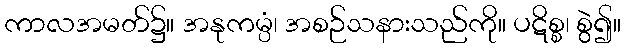
ကာလအမတ်၌။ အနုကမ္ပံ၊ အစဉ်သနားသည်ကို။ ပဋိစ္စ၊ စွဲ၍။